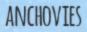
ANCHOVIES